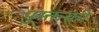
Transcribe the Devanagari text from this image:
पुस्क्तकों